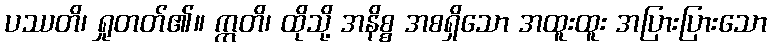
ပဿတိ၊ ရှုတတ်၏။ ဣတိ၊ ထိုသို့ အနိစ္စ အစရှိသော အထူးထူး အပြားပြားသော